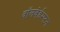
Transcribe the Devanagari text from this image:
वॉलवेर्हम्प्टन